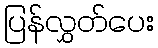
ပြန်လွှတ်ပေး